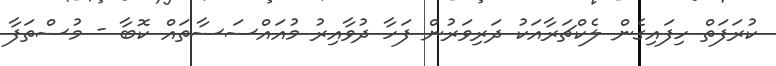
ކުރަފަތް ހިފައިގެން ލެކްޗަރާއަކު ދަރިވަރުން ފަހާ ދުވާއިރު މުއައްސަސާތައް ކޮބާ - މުސްތަފާ